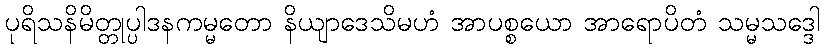
ပုရိသနိမိတ္တုပ္ပါဒနကမ္မတော နိယျာဒေသိမဟံ အာပစ္စယော အာရောပိတံ သမ္မသဒ္ဒေါ